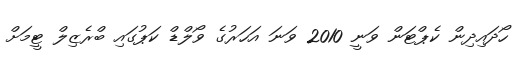
ހޯދައިދިން ކެޕްޓަން ވަނީ 2010 ވަނަ އަހަރުގެ ވޯލްޑް ކަޕުގައި ބްރެޒިލް ޓީމަށް